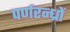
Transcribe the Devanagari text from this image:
पर्णरन्ध्रों